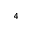
_ 4